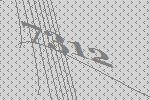
7312